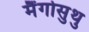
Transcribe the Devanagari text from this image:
मैंगोसुथु